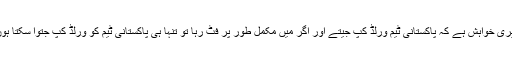
میری خواہش ہے کہ پاکستانی ٹیم ورلڈ کپ جیتے اور اگر میں مکمل طور پر فٹ رہا تو تنہا ہی پاکستانی ٹیم کو ورلڈ کپ جتوا سکتا ہوں۔